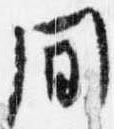
間